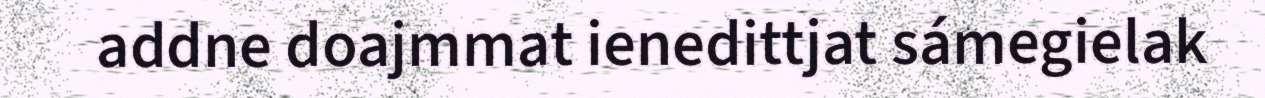
addne doajmmat ienedittjat sámegielak